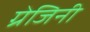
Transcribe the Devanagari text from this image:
ग्रेजिनी